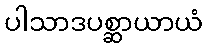
ပါသာဒပစ္ဆာယာယံ